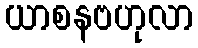
ယာစနဗဟုလာ